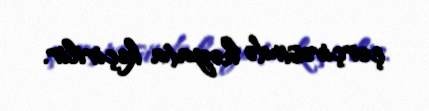
çərçivəsində həyata keçirilir.